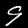
Digit: 9